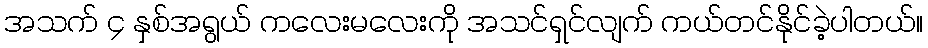
အသက် ၄ နှစ်အရွယ် ကလေးမလေးကို အသင်ရှင်လျက် ကယ်တင်နိုင်ခဲ့ပါတယ်။